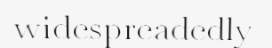
widespreadedly